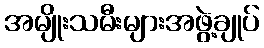
အမျိုးသမီးများအဖွဲ့ချုပ်